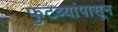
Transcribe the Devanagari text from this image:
फुटव्यांपासून